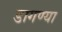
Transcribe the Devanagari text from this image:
डागण्या